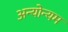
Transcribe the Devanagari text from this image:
अन्योन्यम